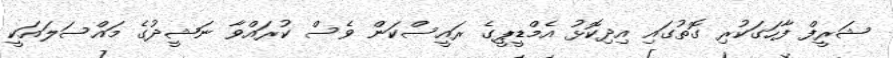
ޝަރީފް ފާހަގަކުރި ގޮތުގައި އިދިކޮޅު އެމްޑީޕީގެ ރައީސްކަން ވެސް ކުރައްވާ ނަޝީދުގެ މައްސަލައަކީ